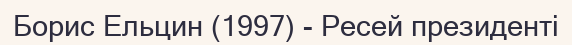
Борис Ельцин (1997) - Ресей президенті